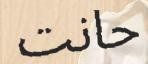
حانت